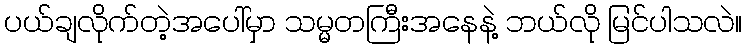
ပယ်ချလိုက်တဲ့အပေါ်မှာ သမ္မတကြီးအနေနဲ့ ဘယ်လို မြင်ပါသလဲ။